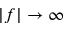
| f | \rightarrow \infty